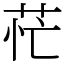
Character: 𦮝